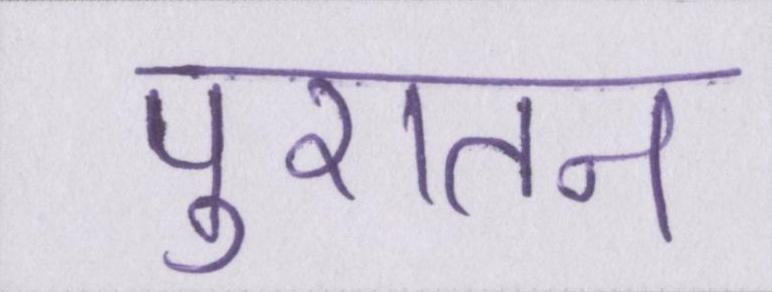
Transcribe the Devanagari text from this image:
पुरातन